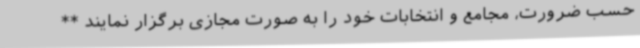
حسب ضرورت، مجامع و انتخابات خود را به صورت مجازی برگزار نمایند **